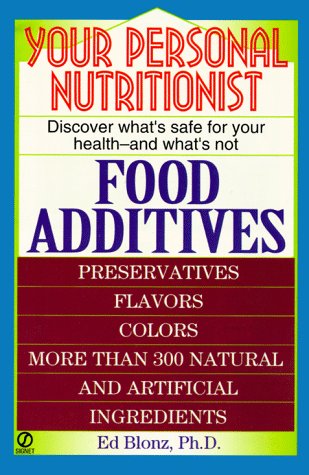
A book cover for Your Personal Nutritionist: Food Additives; Ed Blonz; Health, Fitness & Dieting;